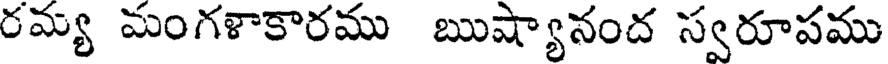
రమ్య మంగళాకారము ఋష్యానంద స్వరూపము